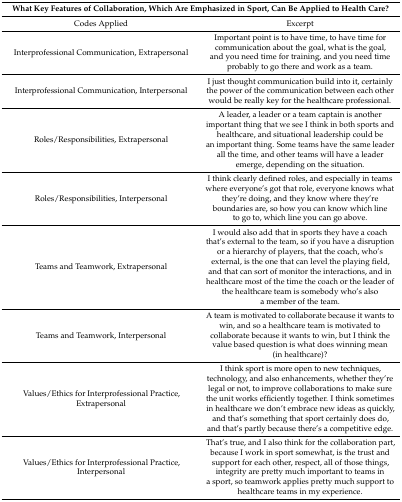
<table><thead><tr><td colspan="2"><b>What Key Features of Collaboration, Which Are Emphasized in Sport, Can Be Applied to Health Care?</b></td></tr></thead><tbody><tr><td>Codes Applied</td><td>Excerpt</td></tr><tr><td>Interprofessional Communication, Extrapersonal</td><td>Important point is to have time, to have time for communication about the goal, what is the goal, and you need time for training, and you need time probably to go there and work as a team. </td></tr><tr><td>Interprofessional Communication, Interpersonal</td><td>I just thought communication build into it, certainly the power of the communication between each other would be really key for the healthcare professional. </td></tr><tr><td>Roles/Responsibilities, Extrapersonal</td><td>A leader, a leader or a team captain is another important thing that we see I think in both sports and healthcare, and situational leadership could be an important thing. Some teams have the same leader all the time, and other teams will have a leader emerge, depending on the situation. </td></tr><tr><td>Roles/Responsibilities, Interpersonal</td><td>I think clearly defined roles, and especially in teams where everyone’s got that role, everyone knows what they’re doing, and they know where they’re boundaries are, so how you can know which line to go to, which line you can go above. </td></tr><tr><td>Teams and Teamwork, Extrapersonal</td><td>I would also add that in sports they have a coach that’s external to the team, so if you have a disruption or a hierarchy of players, that the coach, who’s external, is the one that can level the playing field, and that can sort of monitor the interactions, and in healthcare most of the time the coach or the leader of the healthcare team is somebody who’s also a member of the team. </td></tr><tr><td>Teams and Teamwork, Interpersonal</td><td>A team is motivated to collaborate because it wants to win, and so a healthcare team is motivated to collaborate because it wants to win, but I think the value based question is what does winning mean (in healthcare)?</td></tr><tr><td>Values/Ethics for Interprofessional Practice, Extrapersonal</td><td>I think sport is more open to new techniques, technology, and also enhancements, whether they’re legal or not, to improve collaborations to make sure the unit works efficiently together. I think sometimes in healthcare we don’t embrace new ideas as quickly, and that’s something that sport certainly does do, and that’s partly because there’s a competitive edge. </td></tr><tr><td>Values/Ethics for Interprofessional Practice, Interpersonal</td><td>That’s true, and I also think for the collaboration part, because I work in sport somewhat, is the trust and support for each other, respect, all of those things, integrity are pretty much important to teams in a sport, so teamwork applies pretty much support to healthcare teams in my experience.</td></tr></tbody></table>